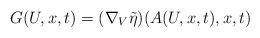
LaTeX: \begin{align*}G(U,x,t) = ( \nabla_V \tilde{\eta} ) (A(U,x,t),x,t) \end{align*}